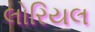
લોરિયલ